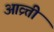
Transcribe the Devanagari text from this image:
आव्र्त्ती